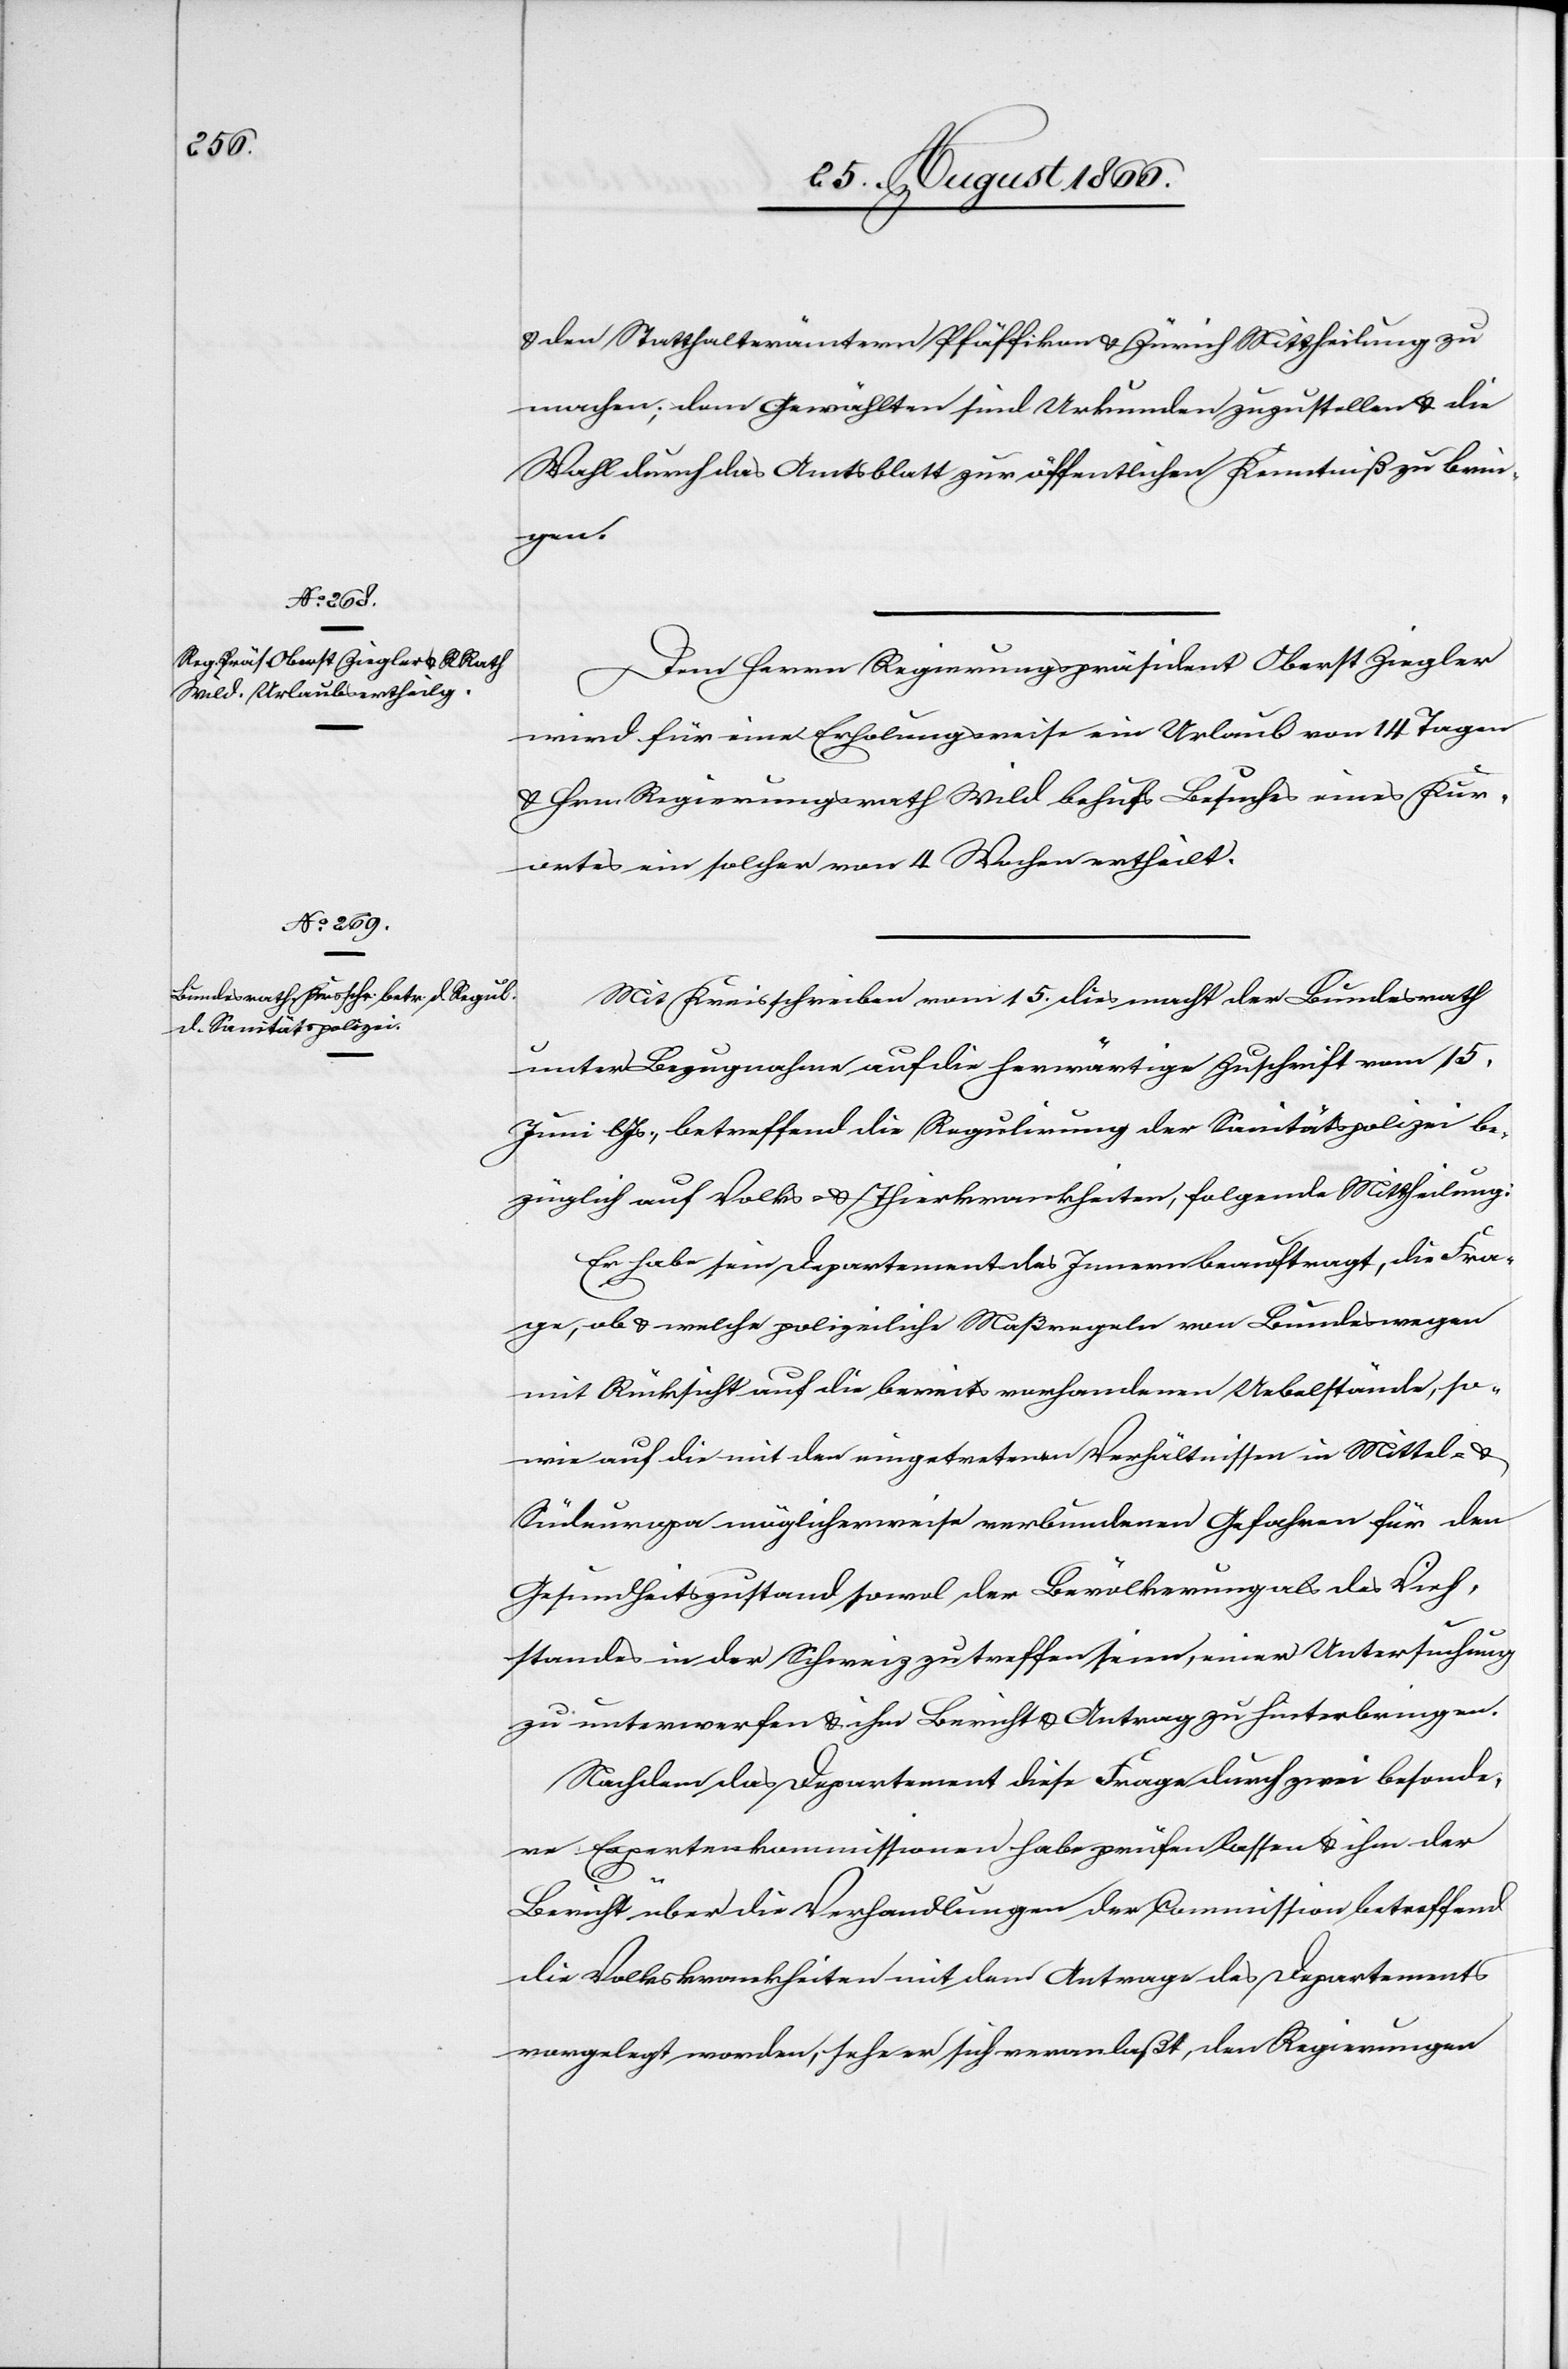
u. den Statthalterämtern Pfäffikon u. Zürich Mittheilung zu
[recte: den] Gewählten sind Urkunden zuzustellen u. die
Wahl durch das Amtsblatt zur öffentlichen Kenntniß zu brin¬
gen.
Dem Herrn Regierungspräsident Oberst Ziegler
wird für eine Erholungsreise ein Urlaub von 14 Tagen
u. Hrn. Regierungsrath Wild behufs Besuches eines Kur¬
ortes ein solcher von 4 Wochen ertheilt.
Mit Kreisschreiben vom 15. dies macht der Bundesrath
unter Bezugnahme auf die herwärtige Zuschrift vom 15.
Juni lJs., betreffend die Regulirung der Sanitätspolizei be¬
züglich auf Volks- u. Thierkrankheiten, folgende Mittheilung:
Er habe sein Departement des Innern beauftragt, die Fra¬
ge, ob u. welche polizeiliche[n] Maßregeln von Bundeswegen
mit Rücksicht auf die bereits vorhandenen Uebelstände, so¬
wie auf die mit den eingetretenen Verhältnissen in Mittel- u.
Südeuropa möglicherweise verbundenen Gefahren für den
Gesundheitszustand sowol der Bevölkerung als des Vieh¬
standes in der Schweiz zu treffen seien, einer Untersuchung
zu unterwerfen u. ihr Bericht u. Antrag zu hinterbringen.
Nachdem das Departement diese Frage durch zwei besonde¬
re Expertenkommissionen habe prüfen lassen u. ihm der
Bericht über die Verhandlungen der Commission betreffend
die Volkskrankheiten mit dem Antrage des Departements
vorgelegt worden, sehe er sich veranlaßt, den Regierungen